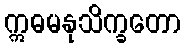
ဣဓမနုသိက္ခတော